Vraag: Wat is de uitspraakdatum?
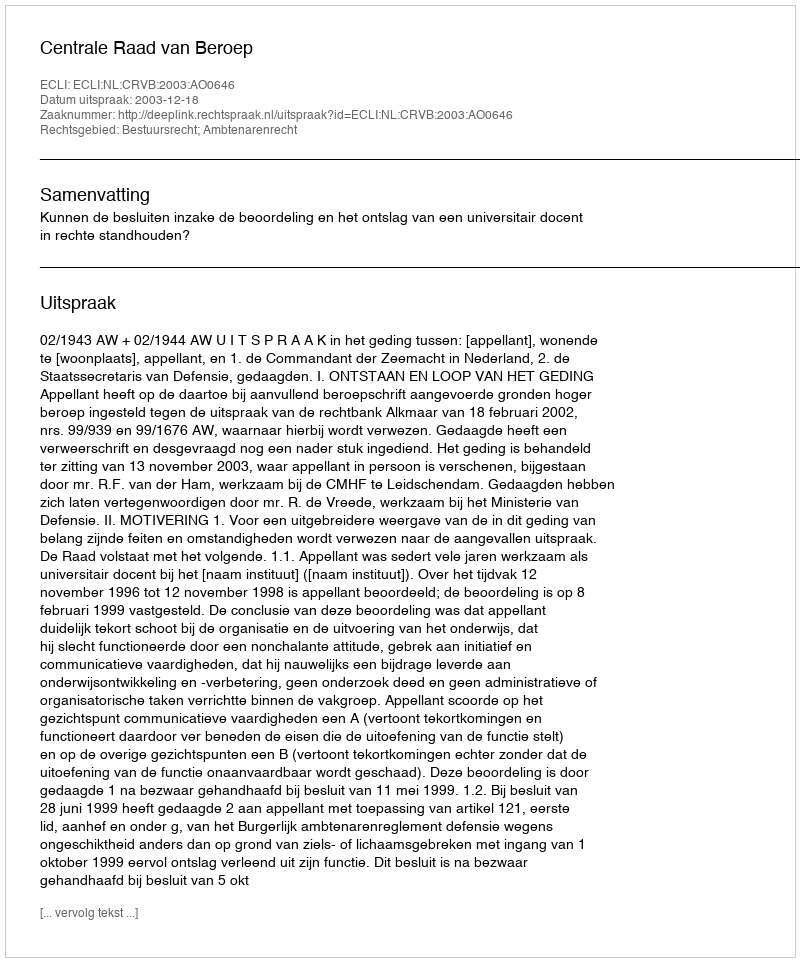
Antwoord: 2003-12-18